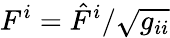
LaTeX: F^{i}={\hat{F}}^{i}/{\sqrt{g_{ii}}}